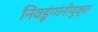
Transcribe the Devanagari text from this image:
निवडूंगांनीयुक्त